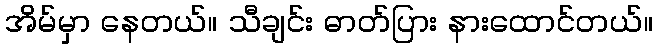
အိမ်မှာ နေတယ်။ သီချင်း ဓာတ်ပြား နားထောင်တယ်။